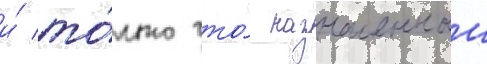
и́ то́лько что́ назначенныи